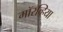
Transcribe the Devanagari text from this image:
मॉरव्हिया